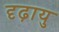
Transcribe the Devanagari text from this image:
दृढ़ायु